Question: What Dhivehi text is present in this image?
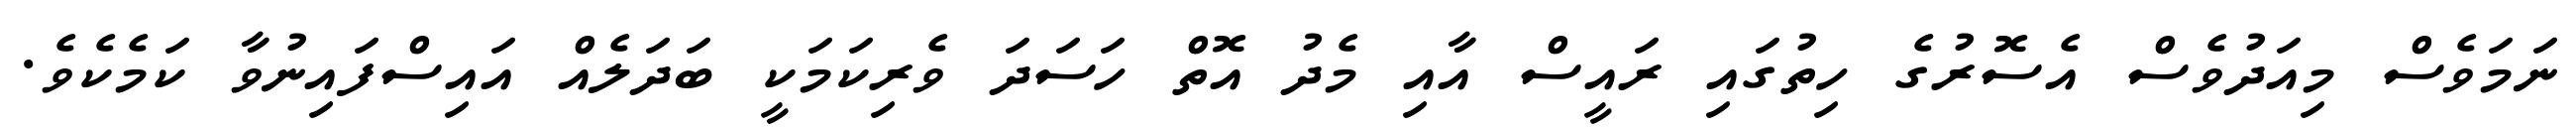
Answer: ނަމަވެސް މިއަދުވެސް އެސޮރުގެ ހިތުގައި ރައީސް އާއި މެދު އޮތް ހަސަދަ ވެރިކަމަކީ ބަދަލެއް އައިސްފައިނުވާ ކަމެކެވެ.